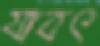
যাবৎ